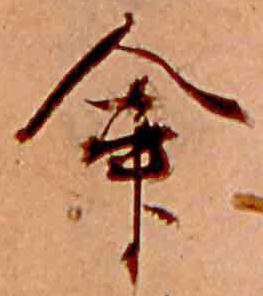
命